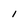
Character: I